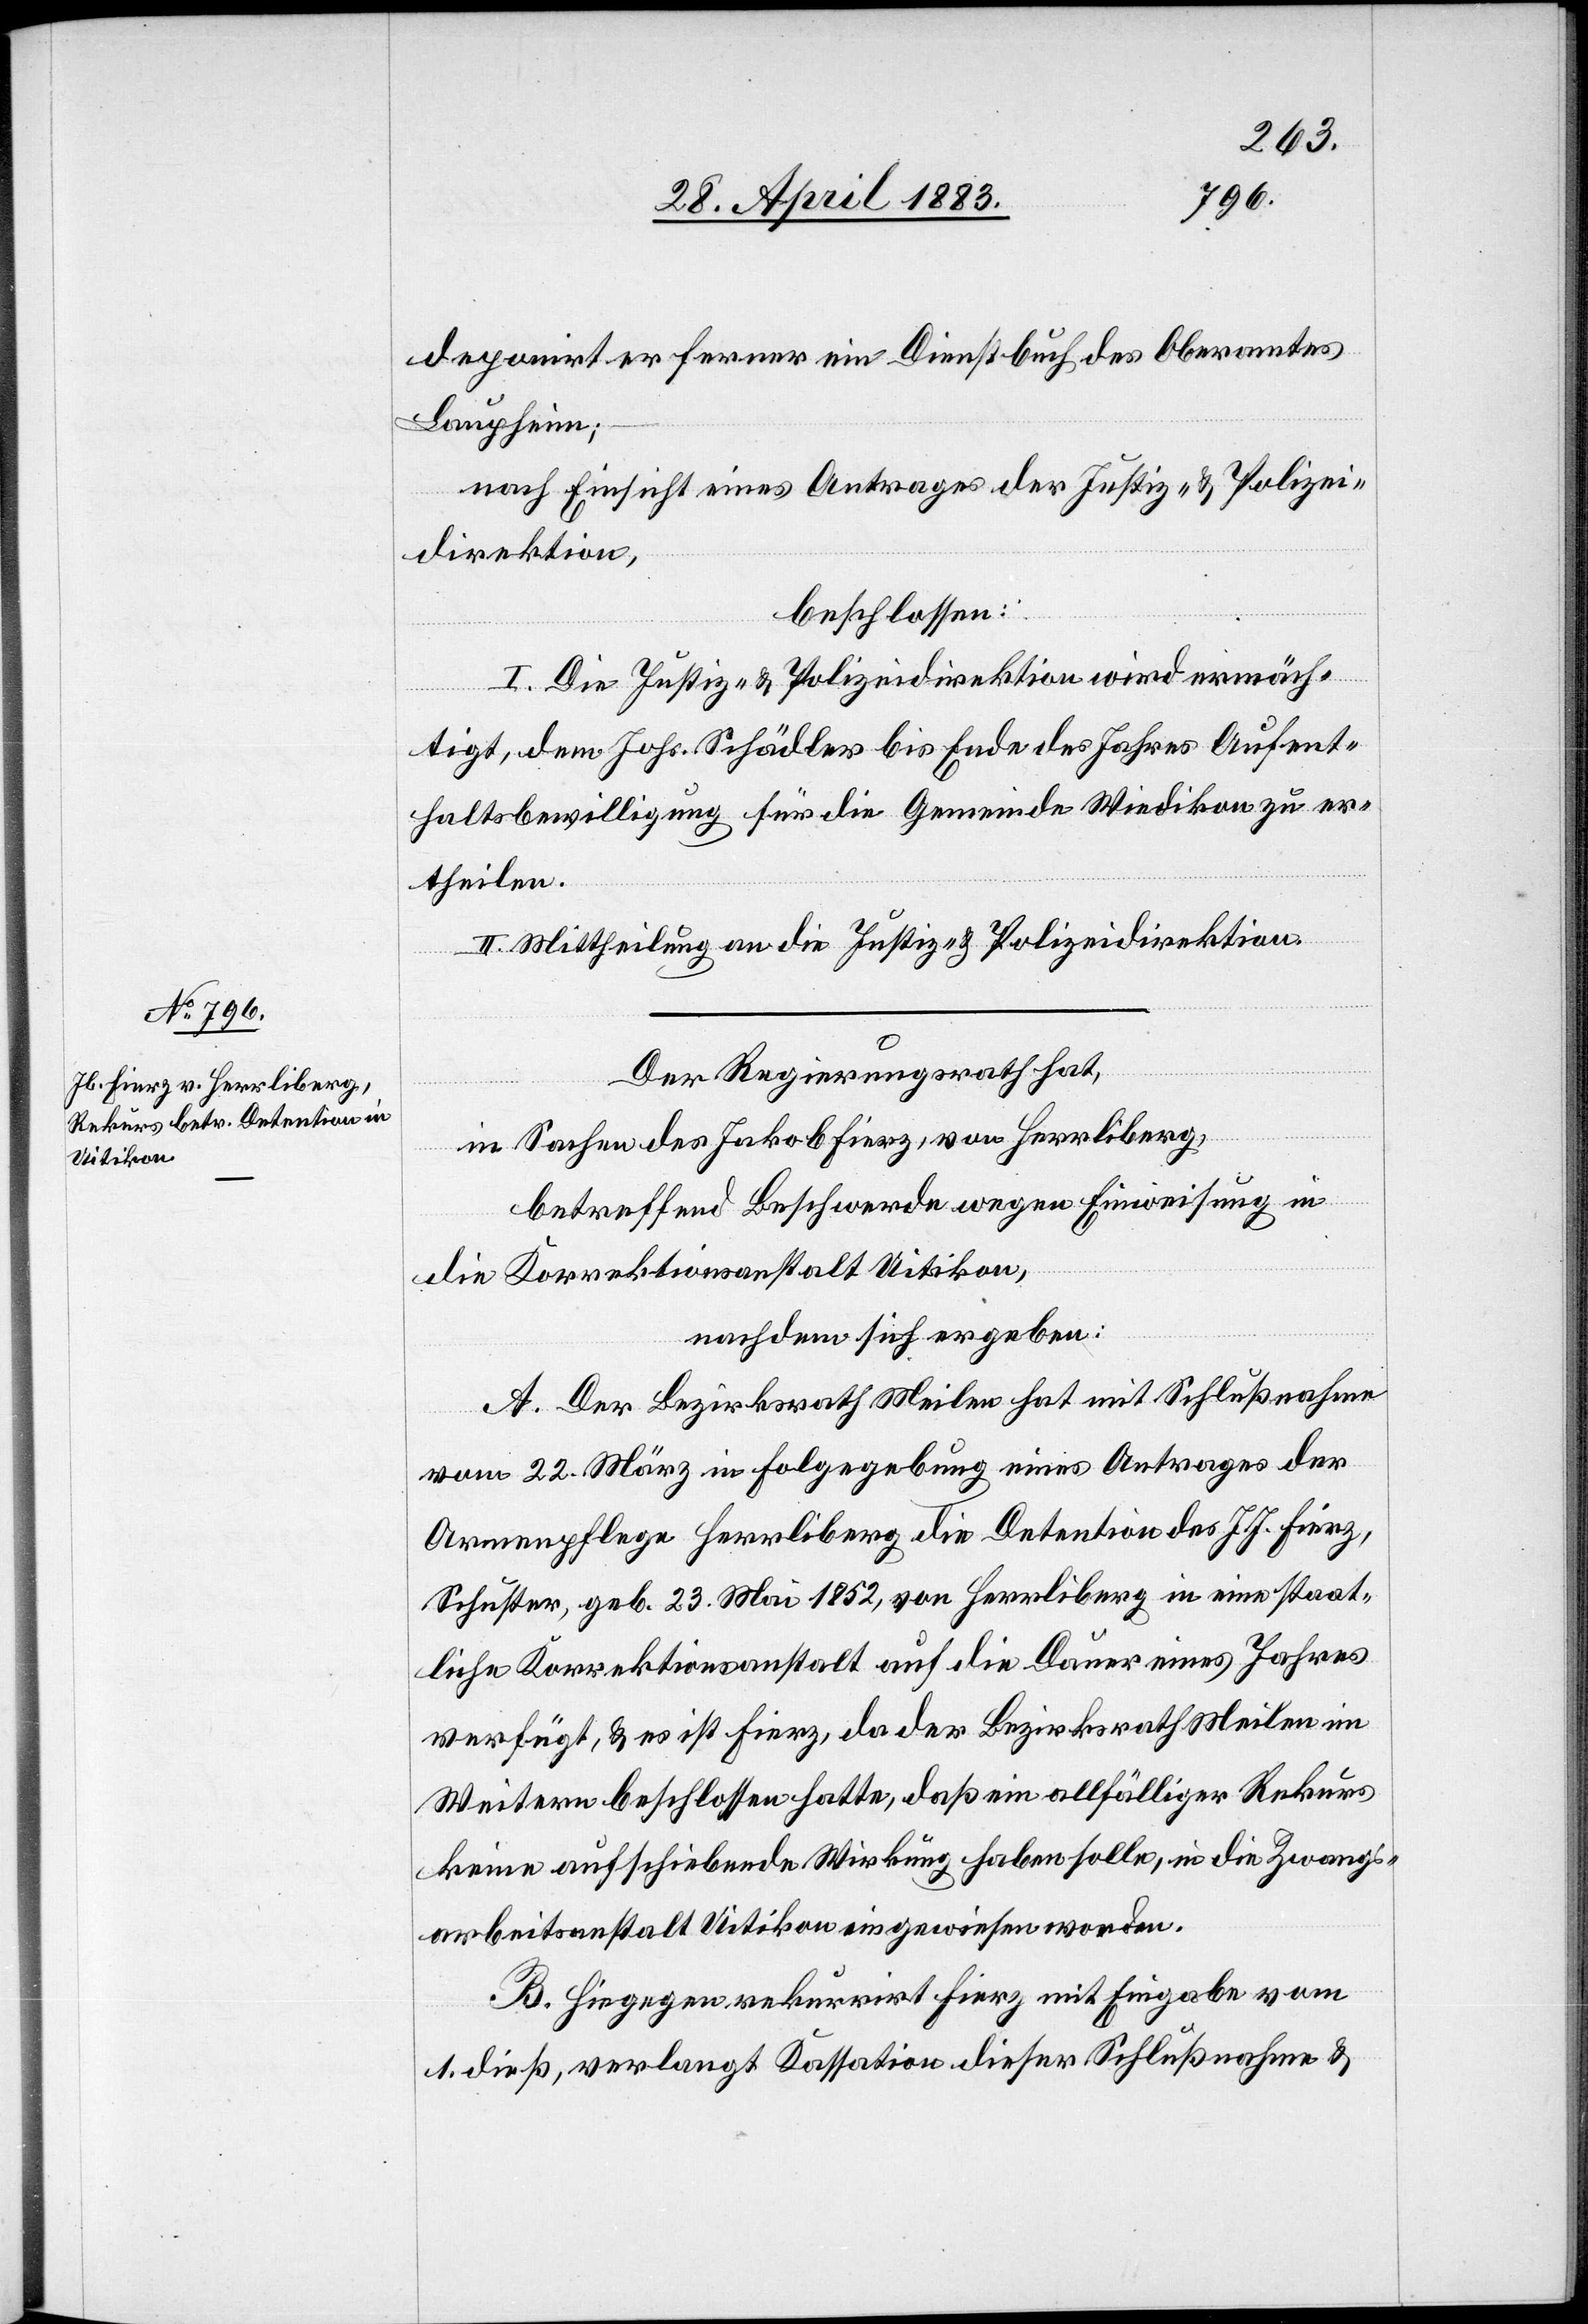
deponirt er ferner ein Dienstbuch des Oberamtes
Laupheim;
nach Einsicht eines Antrages der Justiz- & Polizei¬
direktion,
beschlossen:
I. Die Justiz- & Polizeidirektion wird ermäch¬
tigt, dem Johs. Schädler bis Ende des Jahres Aufent¬
haltsbewilligung für die Gemeinde Wiedikon zu er¬
theilen.
II. Mittheilung an die Justiz- & Polizeidirektion.
Der Regierungsrath hat,
in Sachen des Jakob Fierz, von Herrliberg,
betreffend Beschwerde wegen Einweisung in
die Korrektionsanstalt Uitikon,
nachdem sich ergeben:
A. Der Bezirksrath Meilen hat mit Schlußnahme
vom 22. März in Folgegebung eines Antrages der
Armenpflege Herrliberg die Detention des J. J. Fierz,
Schuster, geb. 23. Mai 1852, von Herrliberg in eine staat¬
liche Korrektionsanstalt auf die Dauer eines Jahres
verfügt, & es ist Fierz, da der Bezirksrath Meilen im
Weitern beschlossen hatte, daß ein allfälliger Rekurs
keine aufschiebende Wirkung haben solle, in die Zwangs¬
arbeitsanstalt Uitikon eingewiesen worden.
B. Hiegegen rekurrirt Fierz mit Eingabe vom
1. dieß, verlangt Kassation dieser Schlußnahme &